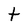
Character: t